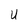
Character: U